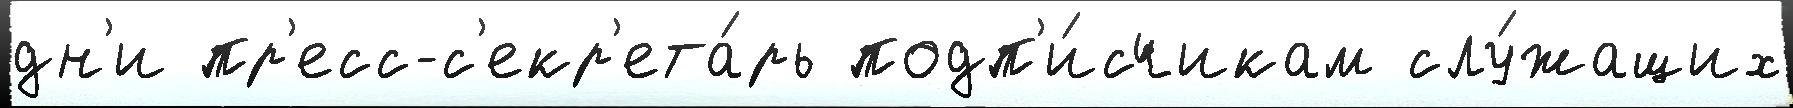
дн'и пр'есс-с'екр'ета́рь подп'и́счикам слу́жащих